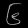
Digit: ၆